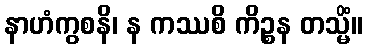
နာဟံကွစနိ၊ န ကဿစိ ကိဉ္စန တသ္မိံ။